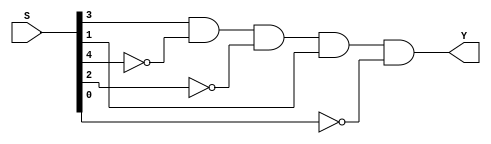
// Copyright (C) 2020  Intel Corporation. All rights reserved.
// Your use of Intel Corporation's design tools, logic functions 
// and other software and tools, and any partner logic 
// functions, and any output files from any of the foregoing 
// (including device programming or simulation files), and any 
// associated documentation or information are expressly subject 
// to the terms and conditions of the Intel Program License 
// Subscription Agreement, the Intel Quartus Prime License Agreement,
// the Intel FPGA IP License Agreement, or other applicable license
// agreement, including, without limitation, that your use is for
// the sole purpose of programming logic devices manufactured by
// Intel and sold by Intel or its authorized distributors.  Please
// refer to the applicable agreement for further details, at
// https://fpgasoftware.intel.com/eula.

// PROGRAM		"Quartus Prime"
// VERSION		"Version 20.1.1 Build 720 11/11/2020 SJ Lite Edition"
// CREATED		"Thu May 18 12:01:20 2023"

module S10(
	S,
	Y
);


input wire	[4:0] S;
output wire	Y;

wire	SYNTHESIZED_WIRE_0;
wire	SYNTHESIZED_WIRE_1;
wire	SYNTHESIZED_WIRE_2;
wire	SYNTHESIZED_WIRE_3;

assign	SYNTHESIZED_WIRE_0 = 1;



assign	Y = S[3] & SYNTHESIZED_WIRE_0 & SYNTHESIZED_WIRE_1 & SYNTHESIZED_WIRE_2 & S[1] & SYNTHESIZED_WIRE_3;


assign	SYNTHESIZED_WIRE_1 =  ~S[4];

assign	SYNTHESIZED_WIRE_2 =  ~S[2];

assign	SYNTHESIZED_WIRE_3 =  ~S[0];


endmodule